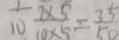
\frac { 1 } { 1 0 } \frac { 7 \times 5 } { 1 0 \times 5 } = \frac { 3 5 } { 5 0 }